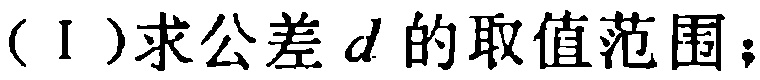
（I）求公差 \(d\) 的取值范围；